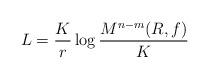
LaTeX: \begin{align*}L=\frac{K}{r} \log\frac{M^{n-m}(R,f)}{K}\end{align*}